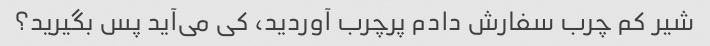
شیر کم چرب سفارش دادم پرچرب آوردید، کی می‌آید پس بگیرید؟